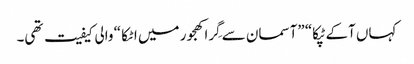
کہاں آکے ٹپکا“ ”آسمان سے گِرا کھجور میں اٹکا “ والی کیفیت تھی۔